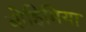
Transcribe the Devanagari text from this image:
बोहिमिया